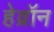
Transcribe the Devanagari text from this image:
हेव्रॉन